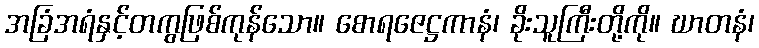
အခြံအရံနှင့်တကွဖြစ်ကုန်သော။ စောရဇေဋ္ဌကာနံ၊ ခိုးသူကြီးတို့ကို။ ဃာတနံ၊